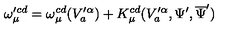
\omega _ { \mu } ^ { \prime c d } = \omega _ { \mu } ^ { c d } ( V _ { a } ^ { \prime \alpha } ) + K _ { \mu } ^ { c d } ( V _ { a } ^ { \prime \alpha } , \Psi ^ { \prime } , \overline { { \Psi } } ^ { \prime } )